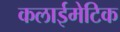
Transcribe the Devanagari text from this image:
कलाईमेटिक